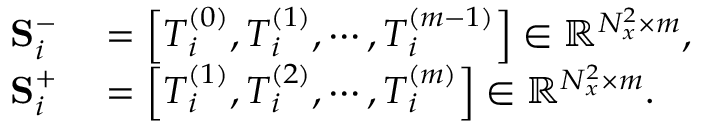
\begin{array} { r l } { \mathbf { S } _ { i } ^ { - } } & { { } = \left[ \boldsymbol { T } _ { i } ^ { ( 0 ) } , \boldsymbol { T } _ { i } ^ { ( 1 ) } , \cdots , \boldsymbol { T } _ { i } ^ { ( m - 1 ) } \right] \in \mathbb { R } ^ { N _ { x } ^ { 2 } \times m } , } \\ { \mathbf { S } _ { i } ^ { + } } & { { } = \left[ \boldsymbol { T } _ { i } ^ { ( 1 ) } , \boldsymbol { T } _ { i } ^ { ( 2 ) } , \cdots , \boldsymbol { T } _ { i } ^ { ( m ) } \right] \in \mathbb { R } ^ { N _ { x } ^ { 2 } \times m } . } \end{array}